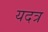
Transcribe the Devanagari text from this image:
यदत्र